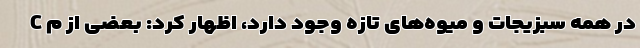
C در همه‌ سبزیجات و میوه‌های تازه وجود دارد، اظهار کرد: بعضی از م